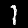
Digit: 1